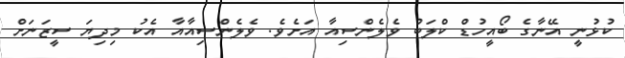
ކުޅުނީ އޭނާގެ ބޯއީހުޑް ކްލަބު ވެލެންސިއާ އަށެވެ. ވެލެންސިއާއާ އެކު މިދިޔަ ސީޒަނަށް